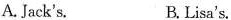
A. Jack's. B.Lisa's.